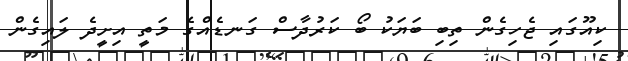
ކިއޫގައި ޖެހިގެން ތިބި ބަޔަކު ބޯ ކަރުދާސް ގަނޑެއްގެ މަތީ އިށީދެ ލައިގެން